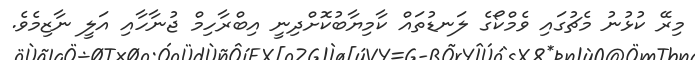
މިރޭ ކުޅުނު މެޗުގައި ވެމްކޯގެ ލަނޑުތައް ކާމިޔާބުކޮށްދިނީ އިބްރާހިމް ޖުނާހާއި އަލީ ނާޒިމެވެ.